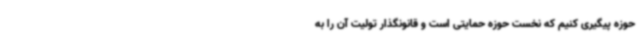
حوزه پیگیری کنیم که نخست حوزه حمایتی است و قانونگذار تولیت آن را به